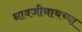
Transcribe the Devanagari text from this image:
नावजीनाथच्या